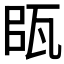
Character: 𤬴